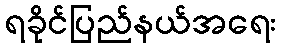
ရခိုင်ပြည်နယ်အရေး